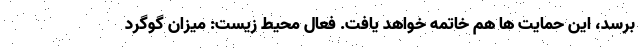
برسد، این حمایت ها هم خاتمه خواهد یافت. فعال محیط زیست: میزان گوگرد